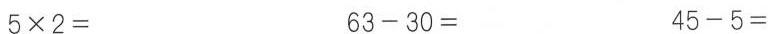
$$5 \times 2 =$$ $$6 3 - 3 0 =$$ $$4 5 - 5 =$$